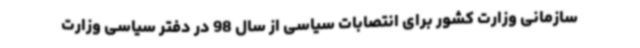
سازمانی وزارت کشور برای انتصابات سیاسی از سال 98 در دفتر سیاسی وزارت